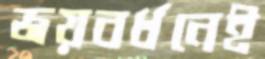
জয়বর্ধনেই